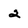
Character: 2